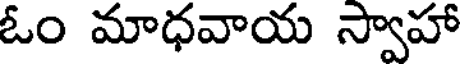
ఓం మాధవాయ స్వాహా